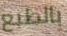
بالطبع